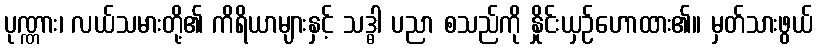
ပုဏ္ဏား၊ လယ်သမားတို့၏ ကိရိယာများနှင့် သဒ္ဓါ ပညာ စသည်ကို နှိုင်းယှဉ်ဟောထား၏။ မှတ်သားဖွယ်